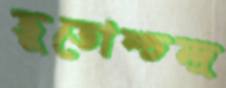
ভূতোশ্চন্দ্র